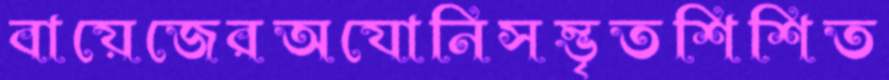
বায়েজেরঅযোনিসম্ভৃতশিশিত